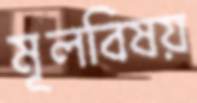
মূলবিষয়